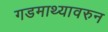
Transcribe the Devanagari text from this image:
गडमाथ्यावरुन